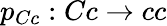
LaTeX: p_{Cc}:Cc\rightarrow cc